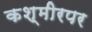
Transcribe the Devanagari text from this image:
कश्मीरपर